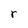
Character: r